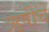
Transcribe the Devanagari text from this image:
ऋषीचें